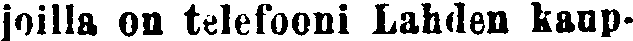
joilla on telefooni Lahden kaup-